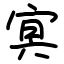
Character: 㝠